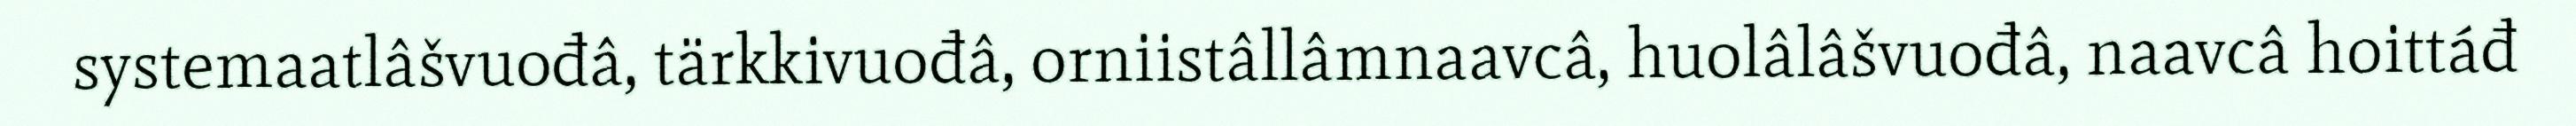
systemaatlâšvuođâ, tärkkivuođâ, orniistâllâmnaavcâ, huolâlâšvuođâ, naavcâ hoittáđ